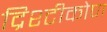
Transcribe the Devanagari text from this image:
द्रिश्टीकोण